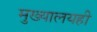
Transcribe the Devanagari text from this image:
मुख्यालयही